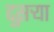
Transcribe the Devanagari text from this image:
द्दुसर्‍या